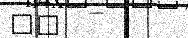
٦٦